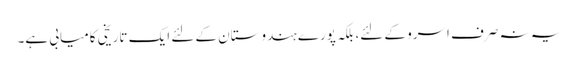
یہ نہ صرف اسرو کے لئے، بلکہ پورے ہندوستان کے لئے ایک تاریخی کامیابی ہے۔